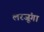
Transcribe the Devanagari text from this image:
लरजूंगा